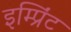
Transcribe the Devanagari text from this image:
इम्‍प्रिंट